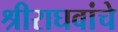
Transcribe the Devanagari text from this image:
श्रीराघवांचे